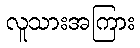
လူသားအကြား